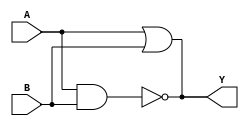
module XOR_gate(
    input A, 
    input B, 
    output Y
);

  // nMOS transistors
  assign Y = ~(A & B); 

  // pMOS transistors
  assign Y = A | B;

endmodule